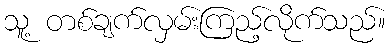
သူ့ တစ်ချက်လှမ်းကြည့်လိုက်သည်။